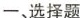
一、选择题